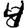
Digit: 4